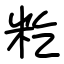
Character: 籺